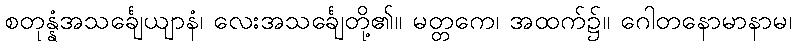
စတုန္နံအသင်္ချေယျာနံ၊ လေးအသင်္ချေတို့၏။ မတ္တကေ၊ အထက်၌။ ဂေါတနောမာနာမ၊